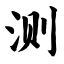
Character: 测